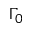
\Gamma _ { 0 }